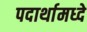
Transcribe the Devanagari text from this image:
पदार्थामध्दे